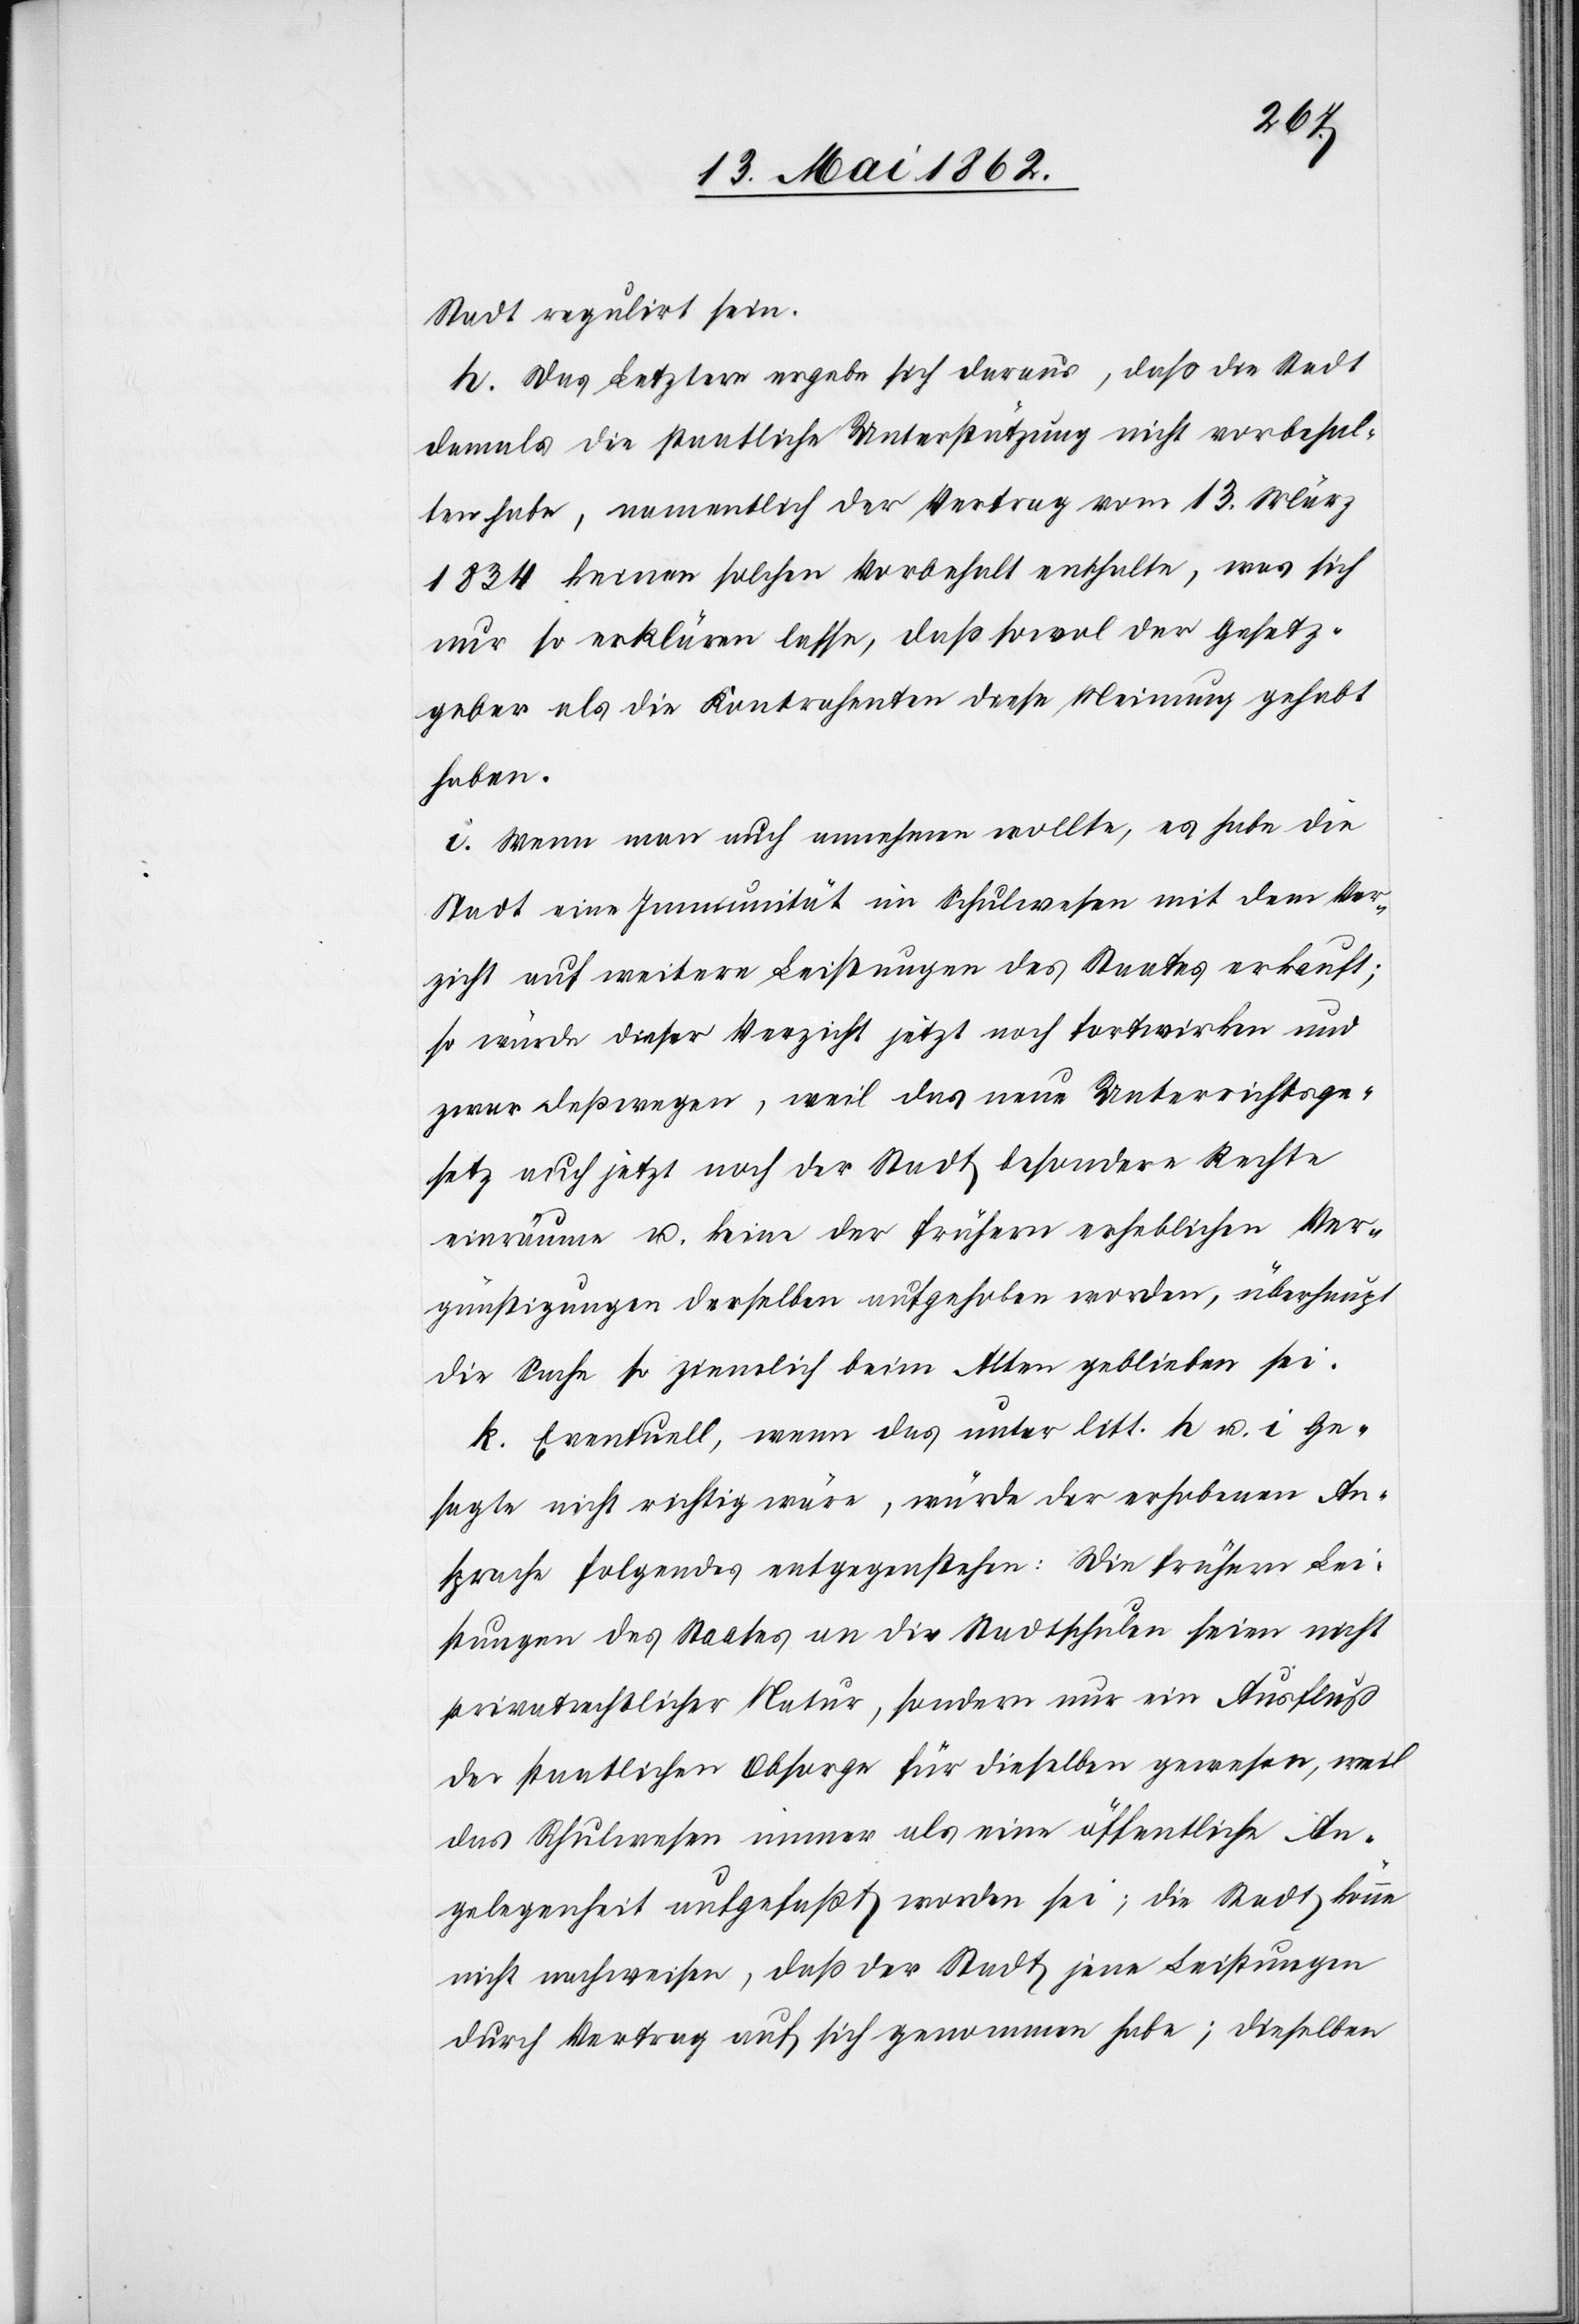
Stadt regulirt sein.
h. Das Letztere erhebe sich daraus, daß die Stadt
damals die staatliche Unterstützung nicht vorbehal¬
ten habe, namentlich der Vertrag vom 13. März
1834 keinen solchen Vorbehalt enthalte, was sich
nur so erklären lasse, daß sowol der Gesetz¬
geber als die Kontrahenten diese Meinung gehabt
haben.
i. Wenn man auch annehmen wollte, es habe die
Stadt eine Immunität im Schulwesen mit dem Ver¬
zicht auf weitere Leistungen des Staates erkauft;
so würde dieser Verzicht jetzt noch fortwirken und
zwar deßwegen, weil das neue Unterrichtsge¬
setz auch jetzt noch der Stadt besondere Rechte
einräume u. keine der frühern erheblichen Ver¬
günstigungen derselben aufgehoben worden, überhaupt
die Sache so ziemlich beim Alten geblieben sei.
k. Eventuell, wenn das unter litt. h u. i Ge¬
sagte nicht richtig wäre, würde der erhobenen An¬
sprache folgendes entgegenstehen: Die frühern Lei¬
stungen des Staates an die Stadtschulen seien nicht
privatrechtlicher Natur, sondern nur ein Ausfluß
der staatlichen Obsorge für dieselben gewesen, weil
das Schulwesen immer als eine öffentliche An¬
gelegenheit aufgefaßt worden sei; die Stadt könne
nicht nachweisen, daß der Stadt jene Leistungen
durch Vertrag auf sich genommen habe; dieselben